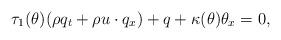
LaTeX: \begin{align*}\tau_1(\theta) (\rho q_t+\rho u\cdot q_x)+q+\kappa(\theta) \theta_x=0,\end{align*}